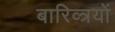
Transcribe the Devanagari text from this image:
बारिव्त्रयों